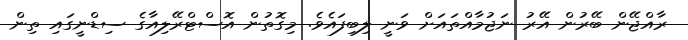
ރާއްޖޭން ބޭރުން އޭރު ނަޖުމާއްތައަށް ވަނީ ލިބިފައެވެ. މިގޮތުން އޮސްޓްރޭލިއާގެ ސިޑްނީގައި ތިން